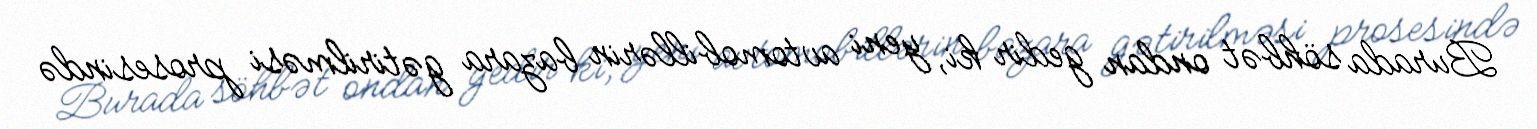
Burada söhbət ondan gedir ki, yeni avtomobillərin bazara gətirilməsi prosesində